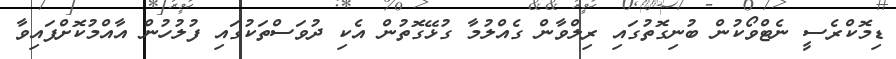
ޑިމޮކްރެސީ ނެޓްވޯކުން ބުނިގޮތުގައި ރިލްވާން ގެއްލުމާ ގުޅޭގޮތުން އެކި ދުވަސްތަކުގައި ފުލުހުން އާއްމުކޮށްފައިވާ